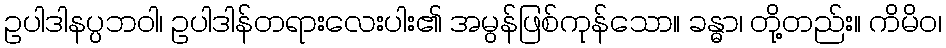
ဥပါဒါနပ္ပဘဝါ၊ ဥပါဒါန်တရားလေးပါး၏ အမွန်ဖြစ်ကုန်သော။ ခန္ဓာ၊ တို့တည်း။ ကိမိဝ၊